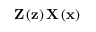
\mathbf { Z } \left( \mathbf { z } \right) \mathbf { X } \left( \mathbf { x } \right)